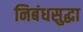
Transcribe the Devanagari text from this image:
निबंधसुद्धा